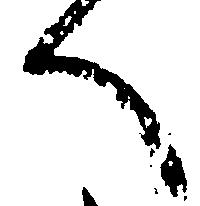
へ